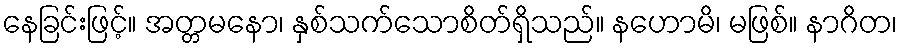
နေခြင်းဖြင့်။ အတ္တမနော၊ နှစ်သက်သောစိတ်ရှိသည်။ နဟောမိ၊ မဖြစ်။ နာဂိတ၊